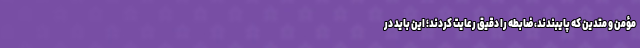
مؤمن و متدین که پایبندند، ضابطه را دقیق رعایت کردند؛ این باید در